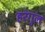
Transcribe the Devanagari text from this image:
हरंगुल